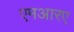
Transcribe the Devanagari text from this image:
एमआरए